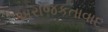
અરાજકતાવાદ